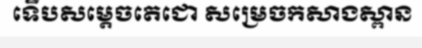
ទើបសម្តេចតេជោ សម្រេចកសាងស្ពាន